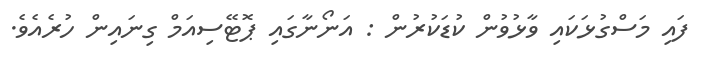
ފައި މަސްގުޅަކައި ވާޅުވުން ކުޑަކުރުން : އަނޯނާގައި ޕޮޓޭސިއަމް ގިނައިން ހުރެއެވެ.